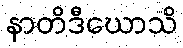
နာတိဒီဃောသိ